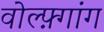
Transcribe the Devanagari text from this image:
वोल्फ़्गांग